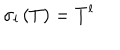
\sigma _ { l } \left( T \right) = T ^ { l }